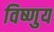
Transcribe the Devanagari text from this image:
विष्णुय